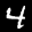
Label: 4